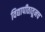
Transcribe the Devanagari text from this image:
विद्यापीठातूनच